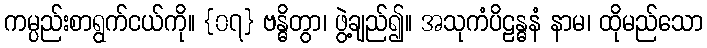
ကမ္ပည်းစာရွက်ငယ်ကို။ {၀၇} ဗန္ဓိတွာ၊ ဖွဲ့ချည်၍။ အသုကံပိဠန္ဓနံ နာမ၊ ထိုမည်သော